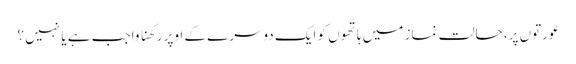
عورتوں پر، حالت نماز میں ہاتھوں کو ایک دوسرے کے اوپر رکھنا واجب ہے یا نہیں ؟